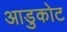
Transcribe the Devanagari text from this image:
आडुकोट